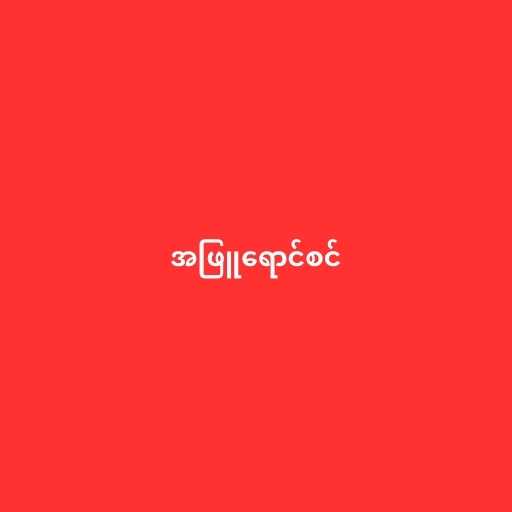
အဖြူရောင်စင်